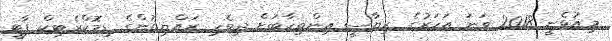
މިއުޅެނީ 2018 ވަނަ އަހަރުގެ ރިޔާސީ އިންތިހާބަށް ދިވެހި ރައްޔިތުންގެ ޑިމޮކްރެޓިކް ޕާޓީ